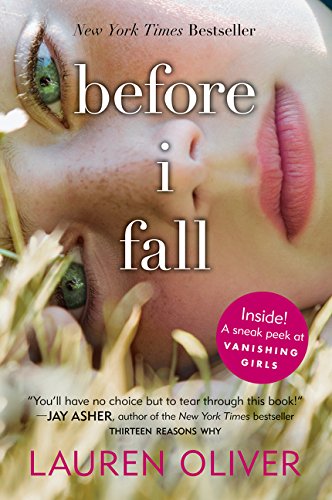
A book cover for Before I Fall; Lauren Oliver; Romance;